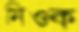
নিওক